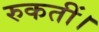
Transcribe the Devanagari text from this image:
रुकतीं।